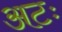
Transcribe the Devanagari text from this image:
अटः